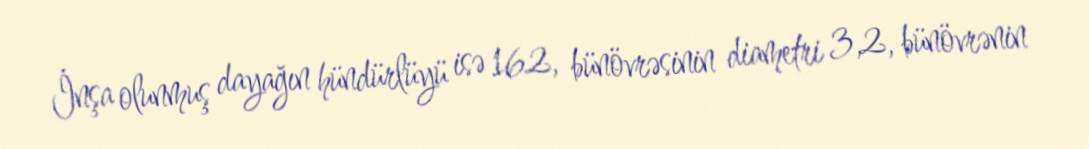
İnşa olunmuş dayağın hündürlüyü isə 162, bünövrəsinin diametri 3,2, bünövrənin